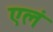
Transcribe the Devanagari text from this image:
एलं